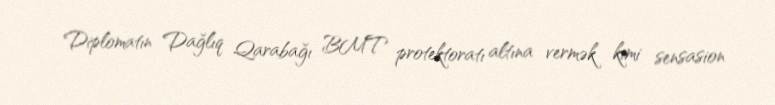
Diplomatın Dağlıq Qarabağı BMT protektoratı altına vermək kimi sensasion